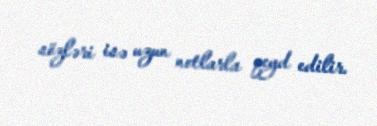
sözləri isə uzun notlarla qeyd edilir.